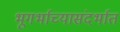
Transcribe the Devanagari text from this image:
भूगर्भाच्यासंदर्भात